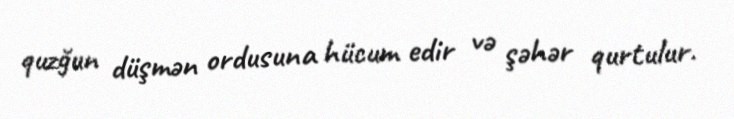
quzğun düşmən ordusuna hücum edir və şəhər qurtulur.